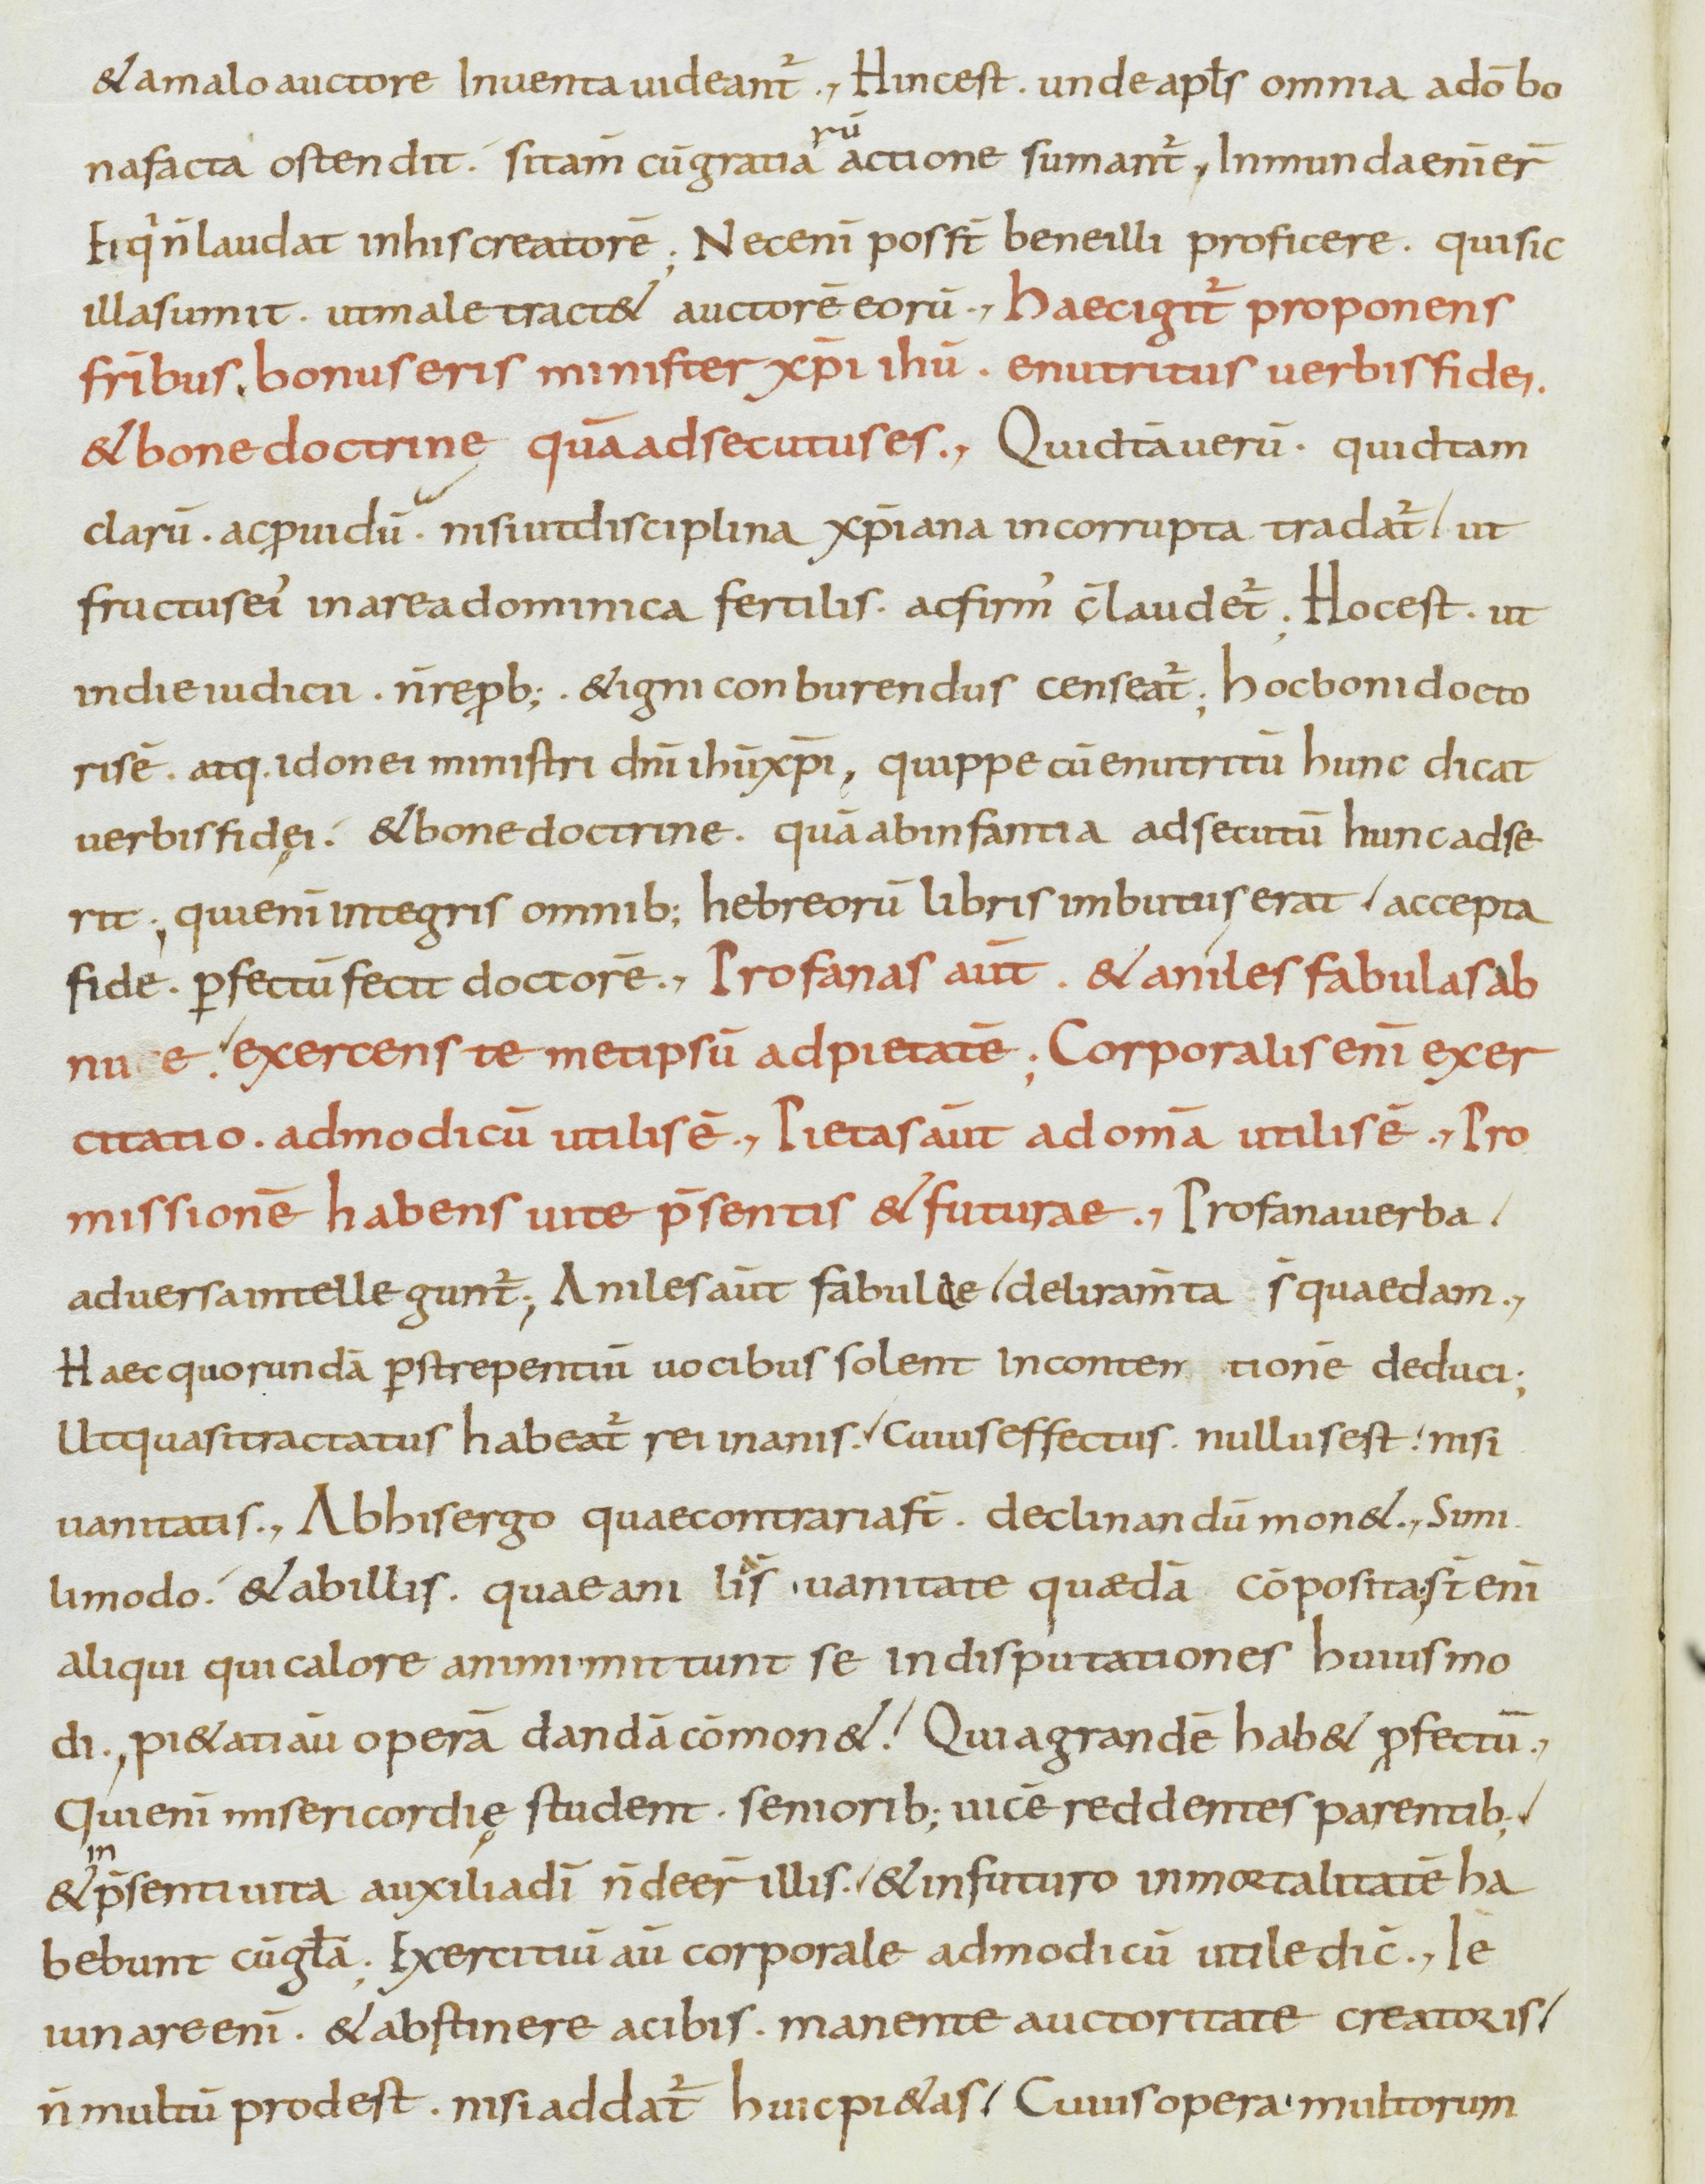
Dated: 800–899